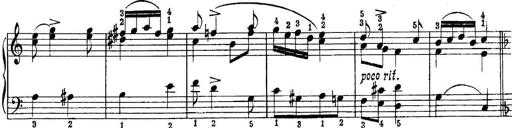
Title: Quatres sonatines
Composer: Tadeusz Joteyko